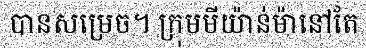
បានសម្រេច។ ក្រុមមីយ៉ាន់ម៉ានៅតែ